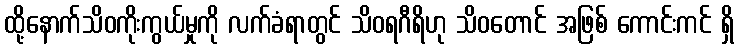
ထို့နောက်သိဝကိုးကွယ်မှုကို လက်ခံရာတွင် သိဝရဂီရိဟု သိဝတောင် အဖြစ် ကောင်းကင် ရှိ